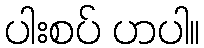
ပါးစပ် ဟပါ။